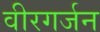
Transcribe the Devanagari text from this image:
वीरगर्जन